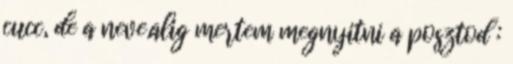
cucc, de a neve.alig mertem megnyitni a posztod :